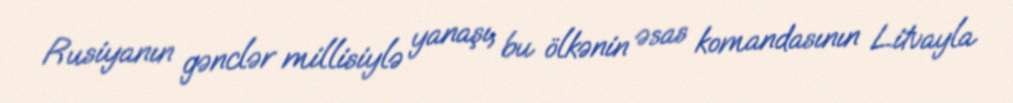
Rusiyanın gənclər millisiylə yanaşı, bu ölkənin əsas komandasının Litvayla